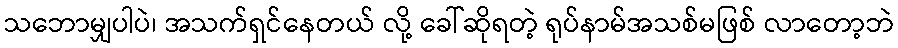
သဘောမျှပါပဲ၊ အသက်ရှင်နေတယ် လို့ ခေါ်ဆိုရတဲ့ ရုပ်နာမ်အသစ်မဖြစ် လာတော့ဘဲ